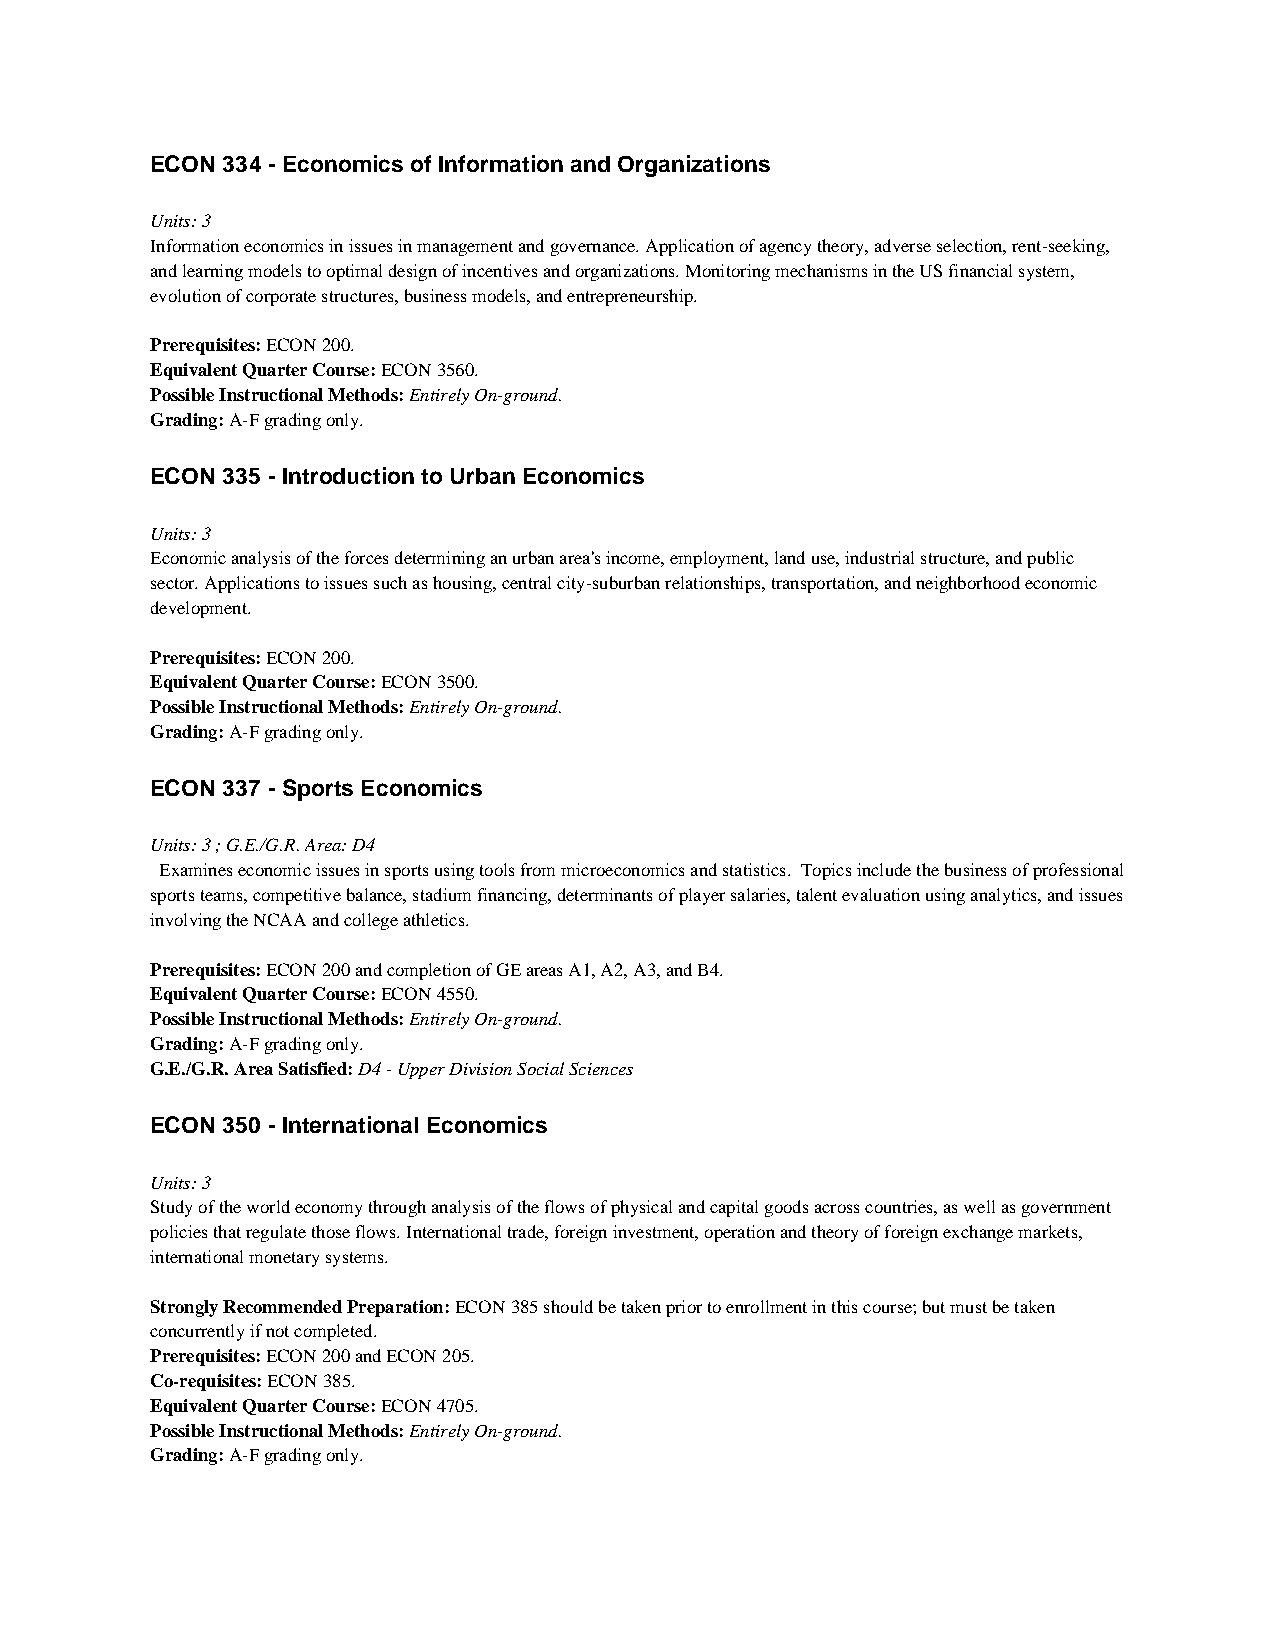
ECON 334 - Economics of Information and Organizations
 Units: 3
 Information economics in issues in management and governance. Application of agency theory, adverse selection, rent-seeking,
 and learning models to optimal design of incentives and organizations. Monitoring mechanisms in the US financial system,
 evolution of corporate structures, business models, and entrepreneurship.
 Prerequisites: ECON 200.
 Equivalent Quarter Course: ECON 3560.
 Possible Instructional Methods: Entirely On-ground.
 Grading: A-F grading only.
 ECON 335 - Introduction to Urban Economics
 Units: 3
 Economic analysis of the forces determining an urban area's income, employment, land use, industrial structure, and public
 sector. Applications to issues such as housing, central city-suburban relationships, transportation, and neighborhood economic
 development.
 Prerequisites: ECON 200.
 Equivalent Quarter Course: ECON 3500.
 Possible Instructional Methods: Entirely On-ground.
 Grading: A-F grading only.
 ECON 337 - Sports Economics
 Units: 3 ; G.E./G.R. Area: D4
 Examines economic issues in sports using tools from microeconomics and statistics. Topics include the business of professional
 sports teams, competitive balance, stadium financing, determinants of player salaries, talent evaluation using analytics, and issues
 involving the NCAA and college athletics.
 Prerequisites: ECON 200 and completion of GE areas A1, A2, A3, and B4.
 Equivalent Quarter Course: ECON 4550.
 Possible Instructional Methods: Entirely On-ground.
 Grading: A-F grading only.
 G.E./G.R. Area Satisfied: D4 - Upper Division Social Sciences
 ECON 350 - International Economics
 Units: 3
 Study of the world economy through analysis of the flows of physical and capital goods across countries, as well as government
 policies that regulate those flows. International trade, foreign investment, operation and theory of foreign exchange markets,
 international monetary systems.
 Strongly Recommended Preparation: ECON 385 should be taken prior to enrollment in this course; but must be taken
 concurrently if not completed.
 Prerequisites: ECON 200 and ECON 205.
 Co-requisites: ECON 385.
 Equivalent Quarter Course: ECON 4705.
 Possible Instructional Methods: Entirely On-ground.
 Grading: A-F grading only.